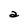
Character: a